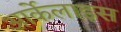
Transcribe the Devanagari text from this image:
आर्केलाइस